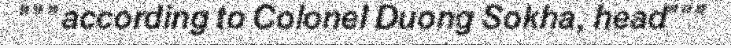
"""according to Colonel Duong Sokha, head"""